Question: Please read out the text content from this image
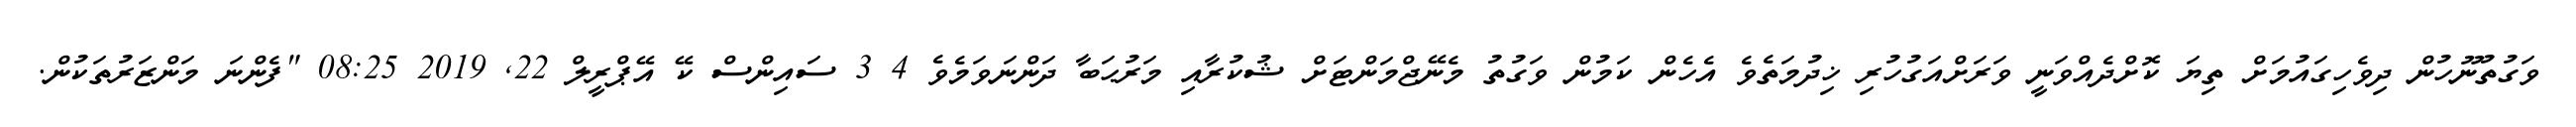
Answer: ވަގުތުނޫހުން ދިވެހިގައުމަށް ތިޔަ ކޮށްދެއްވަނީ ވަރަށްއަގުހުރި ޚިދުމަތެވެ އެހެން ކަމުން ވަގުތު މެނޭޖްމަންޓަށް ޝުކުރާއި މަރުޙަބާ ދަންނަވަމެވެ 4 3 ސައިންސް ކޭ އޭޕްރީލް 22, 2019 08:25 "ފެންނަ މަންޒަރުތަކުން.